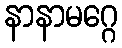
နာနာမဂ္ဂေ